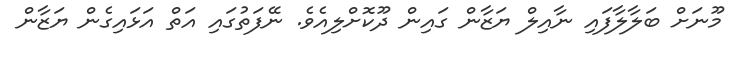
މޫނަށް ބަލާލާފައި ނާއިލް ޔަޒާން ގައިން ދޫކޮށްލިއެވެ. ނޭފަތުގައި އަތް އަޅައިގެން ޔަޒާން